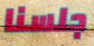
جلسنا